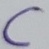
Text: C